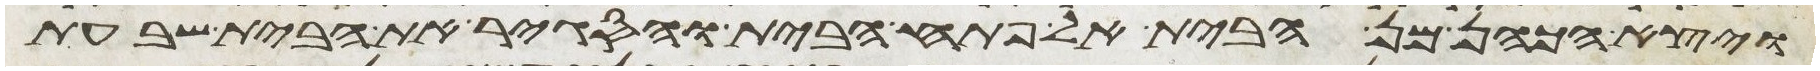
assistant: ויצא הכהן מן הבית אל פתח הבית והסגיר את הבית שבעת